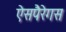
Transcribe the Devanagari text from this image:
ऐसपैरेगस